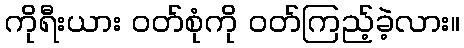
ကိုရီးယား ဝတ်စုံကို ဝတ်ကြည့်ခဲ့လား။